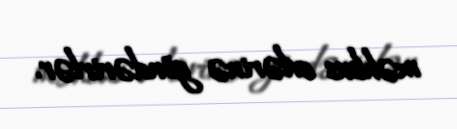
məhbus evlərinə göndərirlər.